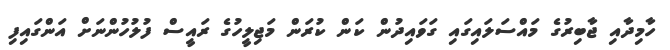
ހާމިދާއި ޖާބިރުގެ މައްސަލައިގައި ގަވައިދުން ކަން ކުރަން މަޖިލީހުގެ ރައީސް ފުލުހުންނަށް އަންގައިފި